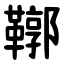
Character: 鞹